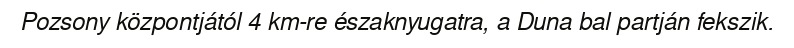
Pozsony központjától 4 km-re északnyugatra, a Duna bal partján fekszik.